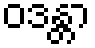
ဝဒန္တာ